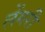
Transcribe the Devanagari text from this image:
लेंगरी